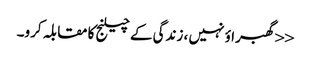
<<گھبراؤ نہیں ، زندگی کے چیلنج کا مقابلہ کرو۔